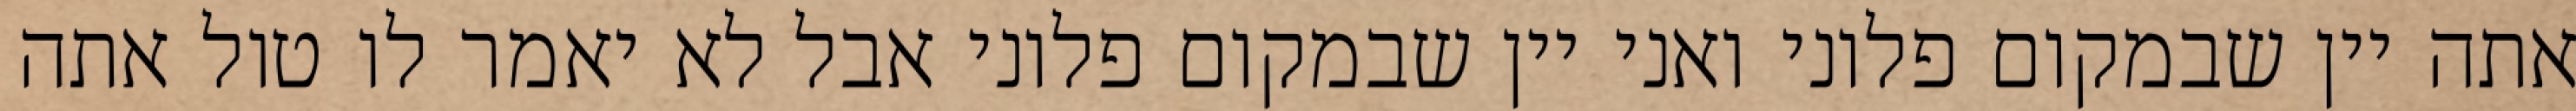
אתה יין שבמקום פלוני ואני יין שבמקום פלוני אבל לא יאמר לו טול אתה